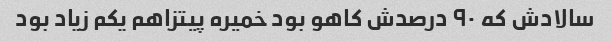
سالادش که ۹۰ درصدش کاهو بود خمیره پیتزاهم یکم زیاد بود